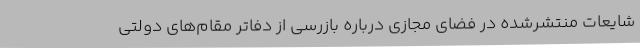
شایعات منتشرشده در فضای مجازی درباره بازرسی از دفاتر مقام‌های دولتی